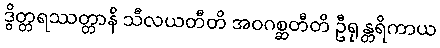
ဒွိတ္တရဿတ္တာနိ သီလယတီတိ အဝဂစ္ဆတီတိ ဦရုန္တရိကာယ